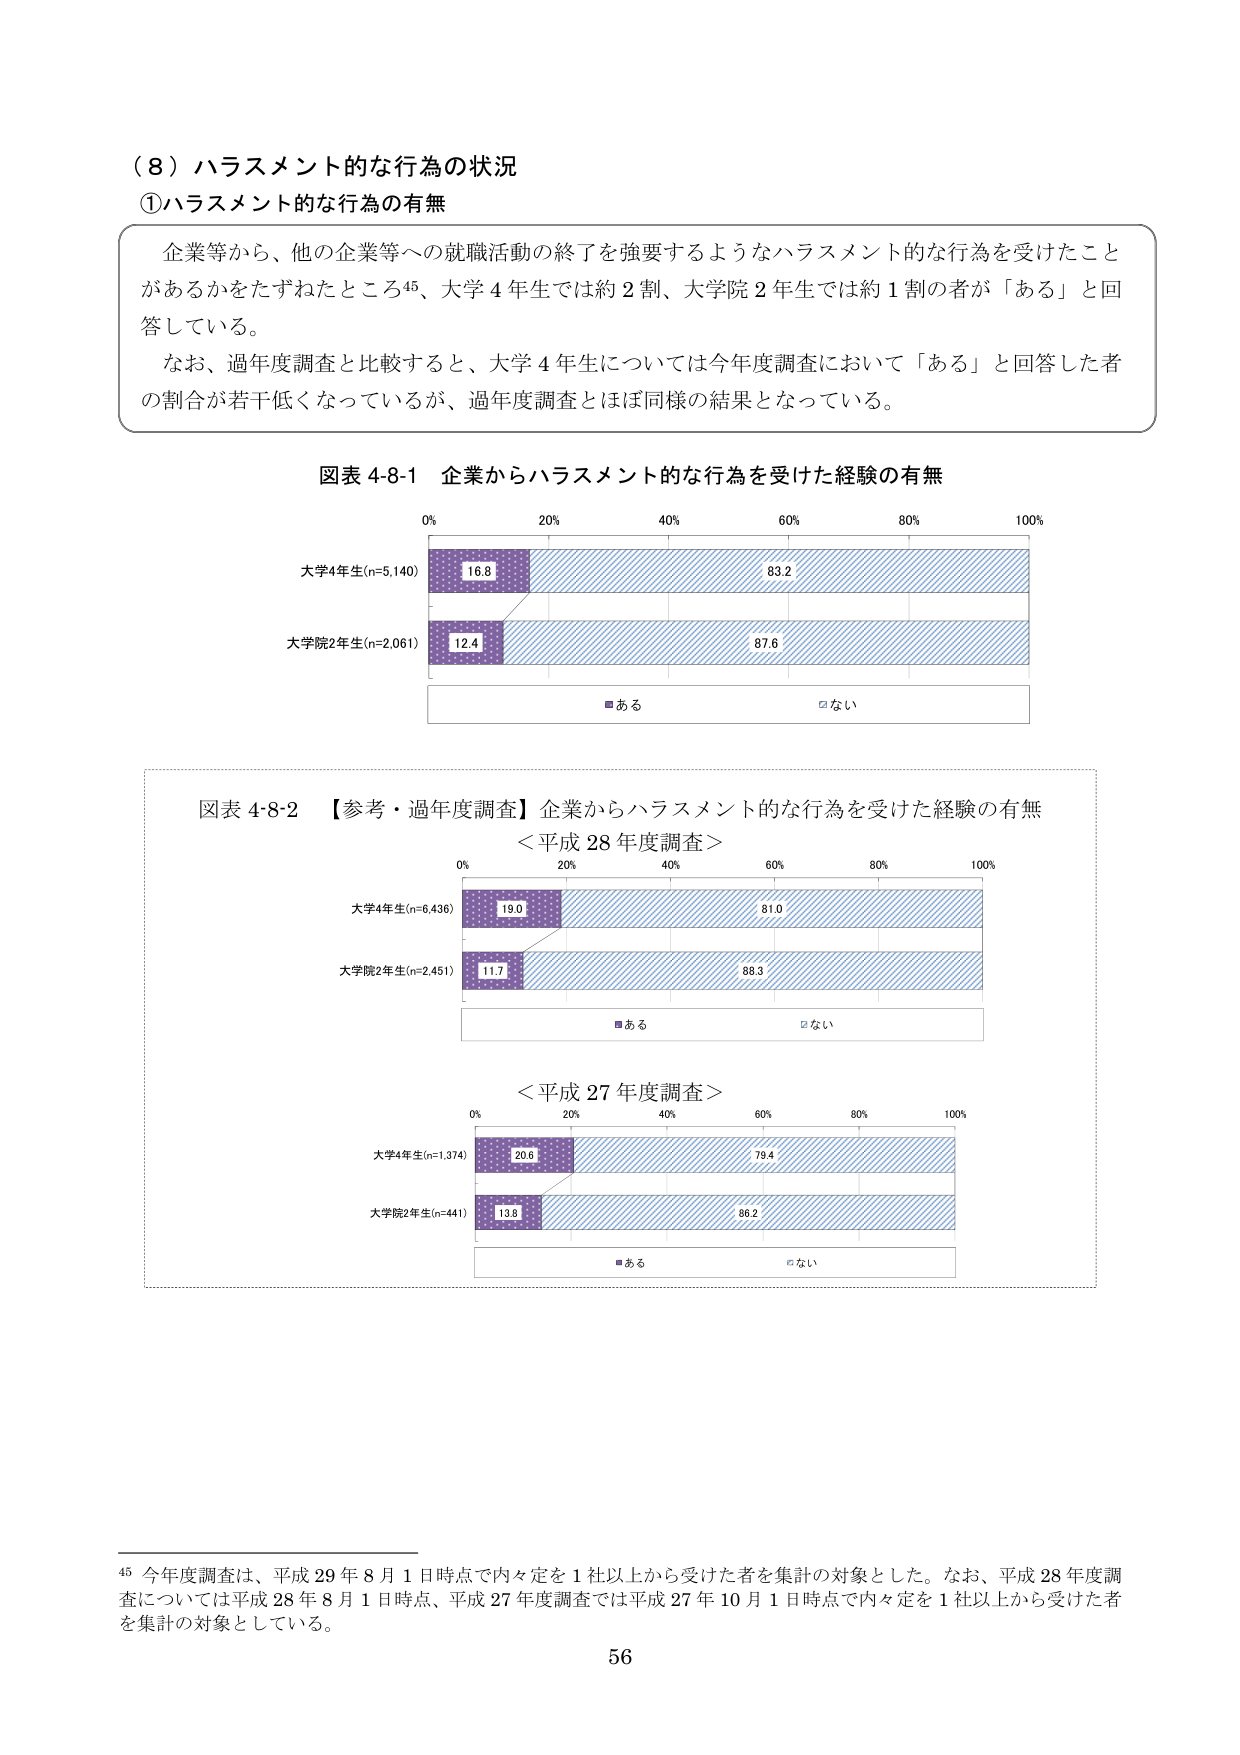
（８）ハラスメント的な行為の状況
①ハラスメント的な行為の有無

企業等から、他の企業等への就職活動の終了を強要するようなハラスメント的な行為を受けたことがあるかをたずねたところ⁴⁵、大学４年生では約２割、大学院２年生では約１割の者が「ある」と回答している。
なお、過年度調査と比較すると、大学４年生については今年度調査において「ある」と回答した者の割合が若干低くなっているが、過年度調査とほぼ同様の結果となっている。

図表 4-8-1 企業からハラスメント的な行為を受けた経験の有無
0% 20% 40% 60% 80% 100%
大学4年生(n=5,140) 16.8 83.2
大学院2年生(n=2,061) 12.4 87.6
■ある □ない

図表 4-8-2 【参考・過年度調査】企業からハラスメント的な行為を受けた経験の有無
＜平成 28 年度調査＞
0% 20% 40% 60% 80% 100%
大学4年生(n=6,436) 19.0 81.0
大学院2年生(n=2,451) 11.7 88.3
■ある □ない

＜平成 27 年度調査＞
0% 20% 40% 60% 80% 100%
大学4年生(n=1,374) 20.6 79.4
大学院2年生(n=441) 13.8 86.2
■ある □ない

⁴⁵ 今年度調査は、平成 29 年 8 月 1 日時点で内々定を 1 社以上から受けた者を集計の対象とした。なお、平成 28 年度調査については平成 28 年 8 月 1 日時点、平成 27 年度調査では平成 27 年 10 月 1 日時点で内々定を 1 社以上から受けた者を集計の対象としている。

56